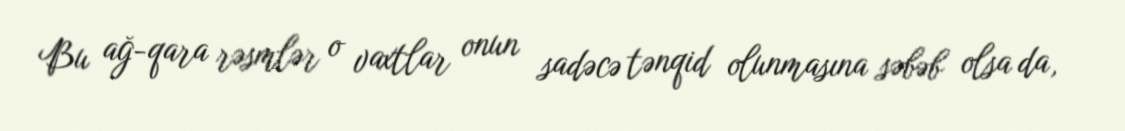
Bu ağ-qara rəsmlər o vaxtlar onun sadəcə tənqid olunmasına səbəb olsa da,